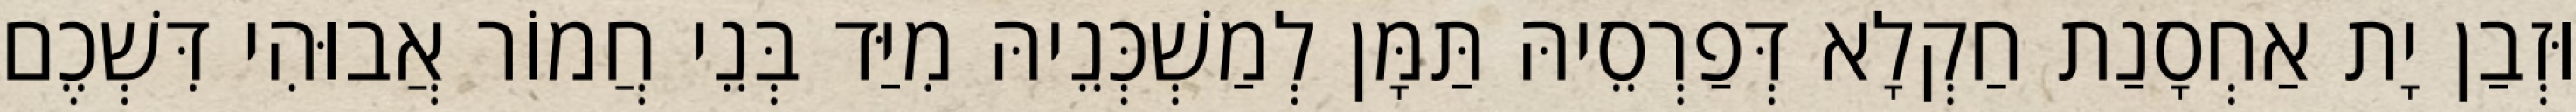
וּזְבַן יָת אַחְסָנַת חַקְלָא דְּפַרְסֵיהּ תַּמָּן לְמַשְׁכְּנֵיהּ מִיַּד בְּנֵי חֲמוֹר אֲבוּהִי דִּשְׁכֶם